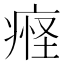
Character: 𬏴